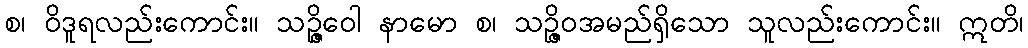
စ၊ ဝိဒူရလည်းကောင်း။ သဉ္ဇိဝော နာမော စ၊ သဉ္ဇိဝအမည်ရှိသော သူလည်းကောင်း။ ဣတိ၊